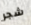
شجر